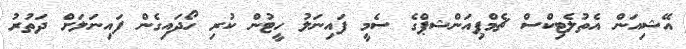
އޭޝިއަން އެތުލެޓިކްސް ޗެމްޕިއަންޝޕްގެ ސެމީ ފައިނަލު ހީޓުން ކުރި ހޯދައިގެން ފައިނަލަށް ދަތުރު